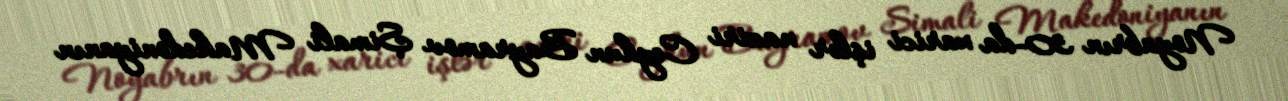
Noyabrın 30-da xarici işlər naziri Ceyhun Bayramov Şimali Makedoniyanın